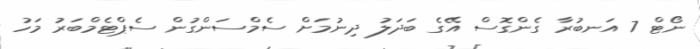
ނޯޓް 7 އަނބުރާ ގެންގޮސް އޭގެ ބަދަލު ދިނުމަށް ސެމްސަންގުން ސެޕްޓެމްބަރު މަހު